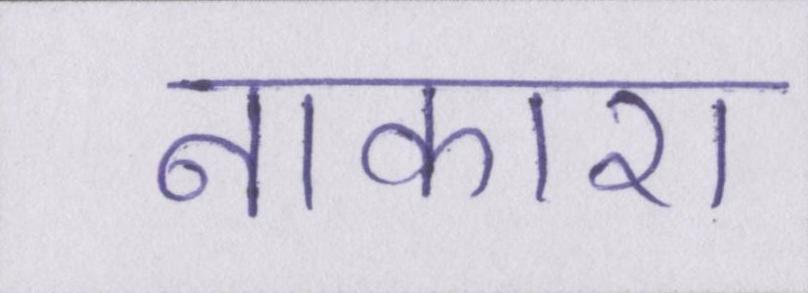
नाकारा